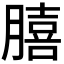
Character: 𮌺